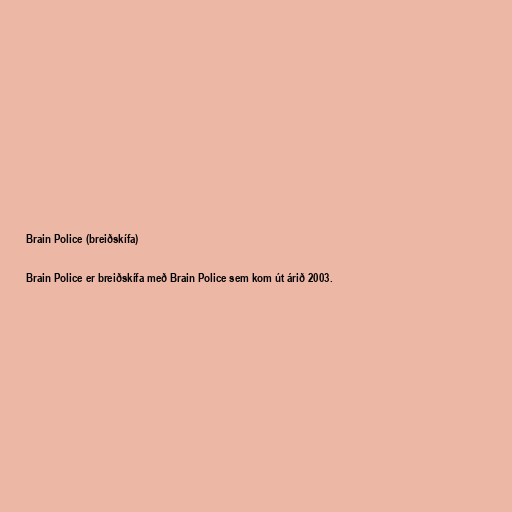
Brain Police (breiðskífa)

Brain Police er breiðskífa með Brain Police sem kom út árið 2003.